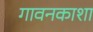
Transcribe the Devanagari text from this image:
गावनकाशा